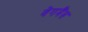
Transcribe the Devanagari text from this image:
वेगमैंस